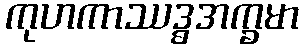
ကုဟကာဿဒ္ဓအက္ခမာ